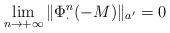
LaTeX: \begin{align*}\lim_{n\rightarrow +\infty}\|\Phi^n_{\cdot}(-M)\|_{a'} = 0 \end{align*}